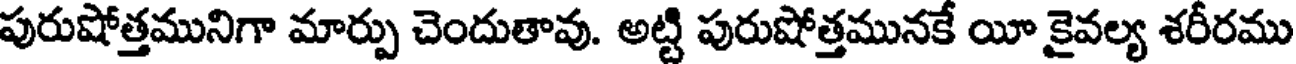
పురుషోత్తమునిగా మార్పు చెందుతావు. అట్టి పురుషోత్తమునకే యీ కైవల్య శరీరము